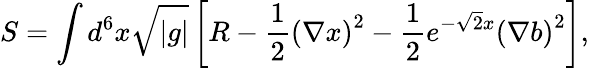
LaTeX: S=\int d^{6}x\sqrt{|g|}\left[R-\frac{1}{2}\left(\nabla x\right)^{2}-\frac{1}{2}e^{-\sqrt{2}x}\left(\nabla b\right)^{2}\right],